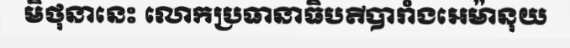
មិថុនានេះ លោកប្រធានាធិបតីបារាំងអេម៉ានុយ